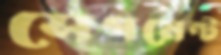
সেগমেন্ট